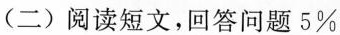
(二)阅读短文，回答问题 5%